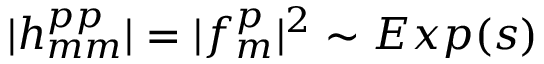
| h _ { m m } ^ { p p } | = | f _ { m } ^ { p } | ^ { 2 } \sim E x p ( s )